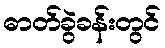
ဓာတ်ခွဲခန်းတွင်